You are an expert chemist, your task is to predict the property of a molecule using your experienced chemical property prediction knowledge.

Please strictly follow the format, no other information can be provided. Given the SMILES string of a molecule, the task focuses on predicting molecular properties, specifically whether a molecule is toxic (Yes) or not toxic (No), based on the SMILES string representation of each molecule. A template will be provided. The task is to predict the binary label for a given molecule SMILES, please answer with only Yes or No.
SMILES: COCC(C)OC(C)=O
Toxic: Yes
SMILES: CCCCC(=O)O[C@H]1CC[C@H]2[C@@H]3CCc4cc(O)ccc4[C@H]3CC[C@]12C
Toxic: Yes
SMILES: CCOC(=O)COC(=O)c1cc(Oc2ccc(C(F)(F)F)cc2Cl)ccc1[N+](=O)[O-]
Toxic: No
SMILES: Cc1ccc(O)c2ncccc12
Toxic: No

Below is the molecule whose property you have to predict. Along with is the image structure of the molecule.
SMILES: CC1=CCC(C(C)(C)O)CC1
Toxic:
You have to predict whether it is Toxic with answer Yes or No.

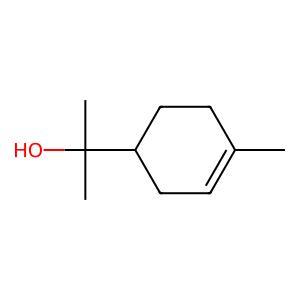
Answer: No